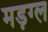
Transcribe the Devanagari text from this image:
मड़ग्ल